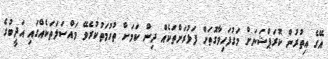
އޭގެ އިތުރުން ކޮރަޕްޝަނަށް މަގުފަހިވާގޮތަށް ފަޅުރަށްތަކެއް ދިން ކަމަށް ތުހުމަތުކުރެވޭ މައްސަލަތަކެއްގައި އަދީބުގެ